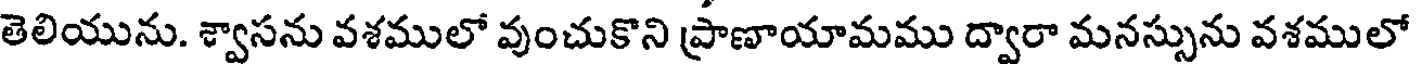
తెలియును. శ్వాసను వశములో వుంచుకొని ప్రాణాయామము ద్వారా మనస్సును వశములో